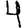
Digit: 4